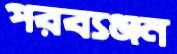
পরব্যঞ্জন